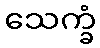
သေက္ခံ